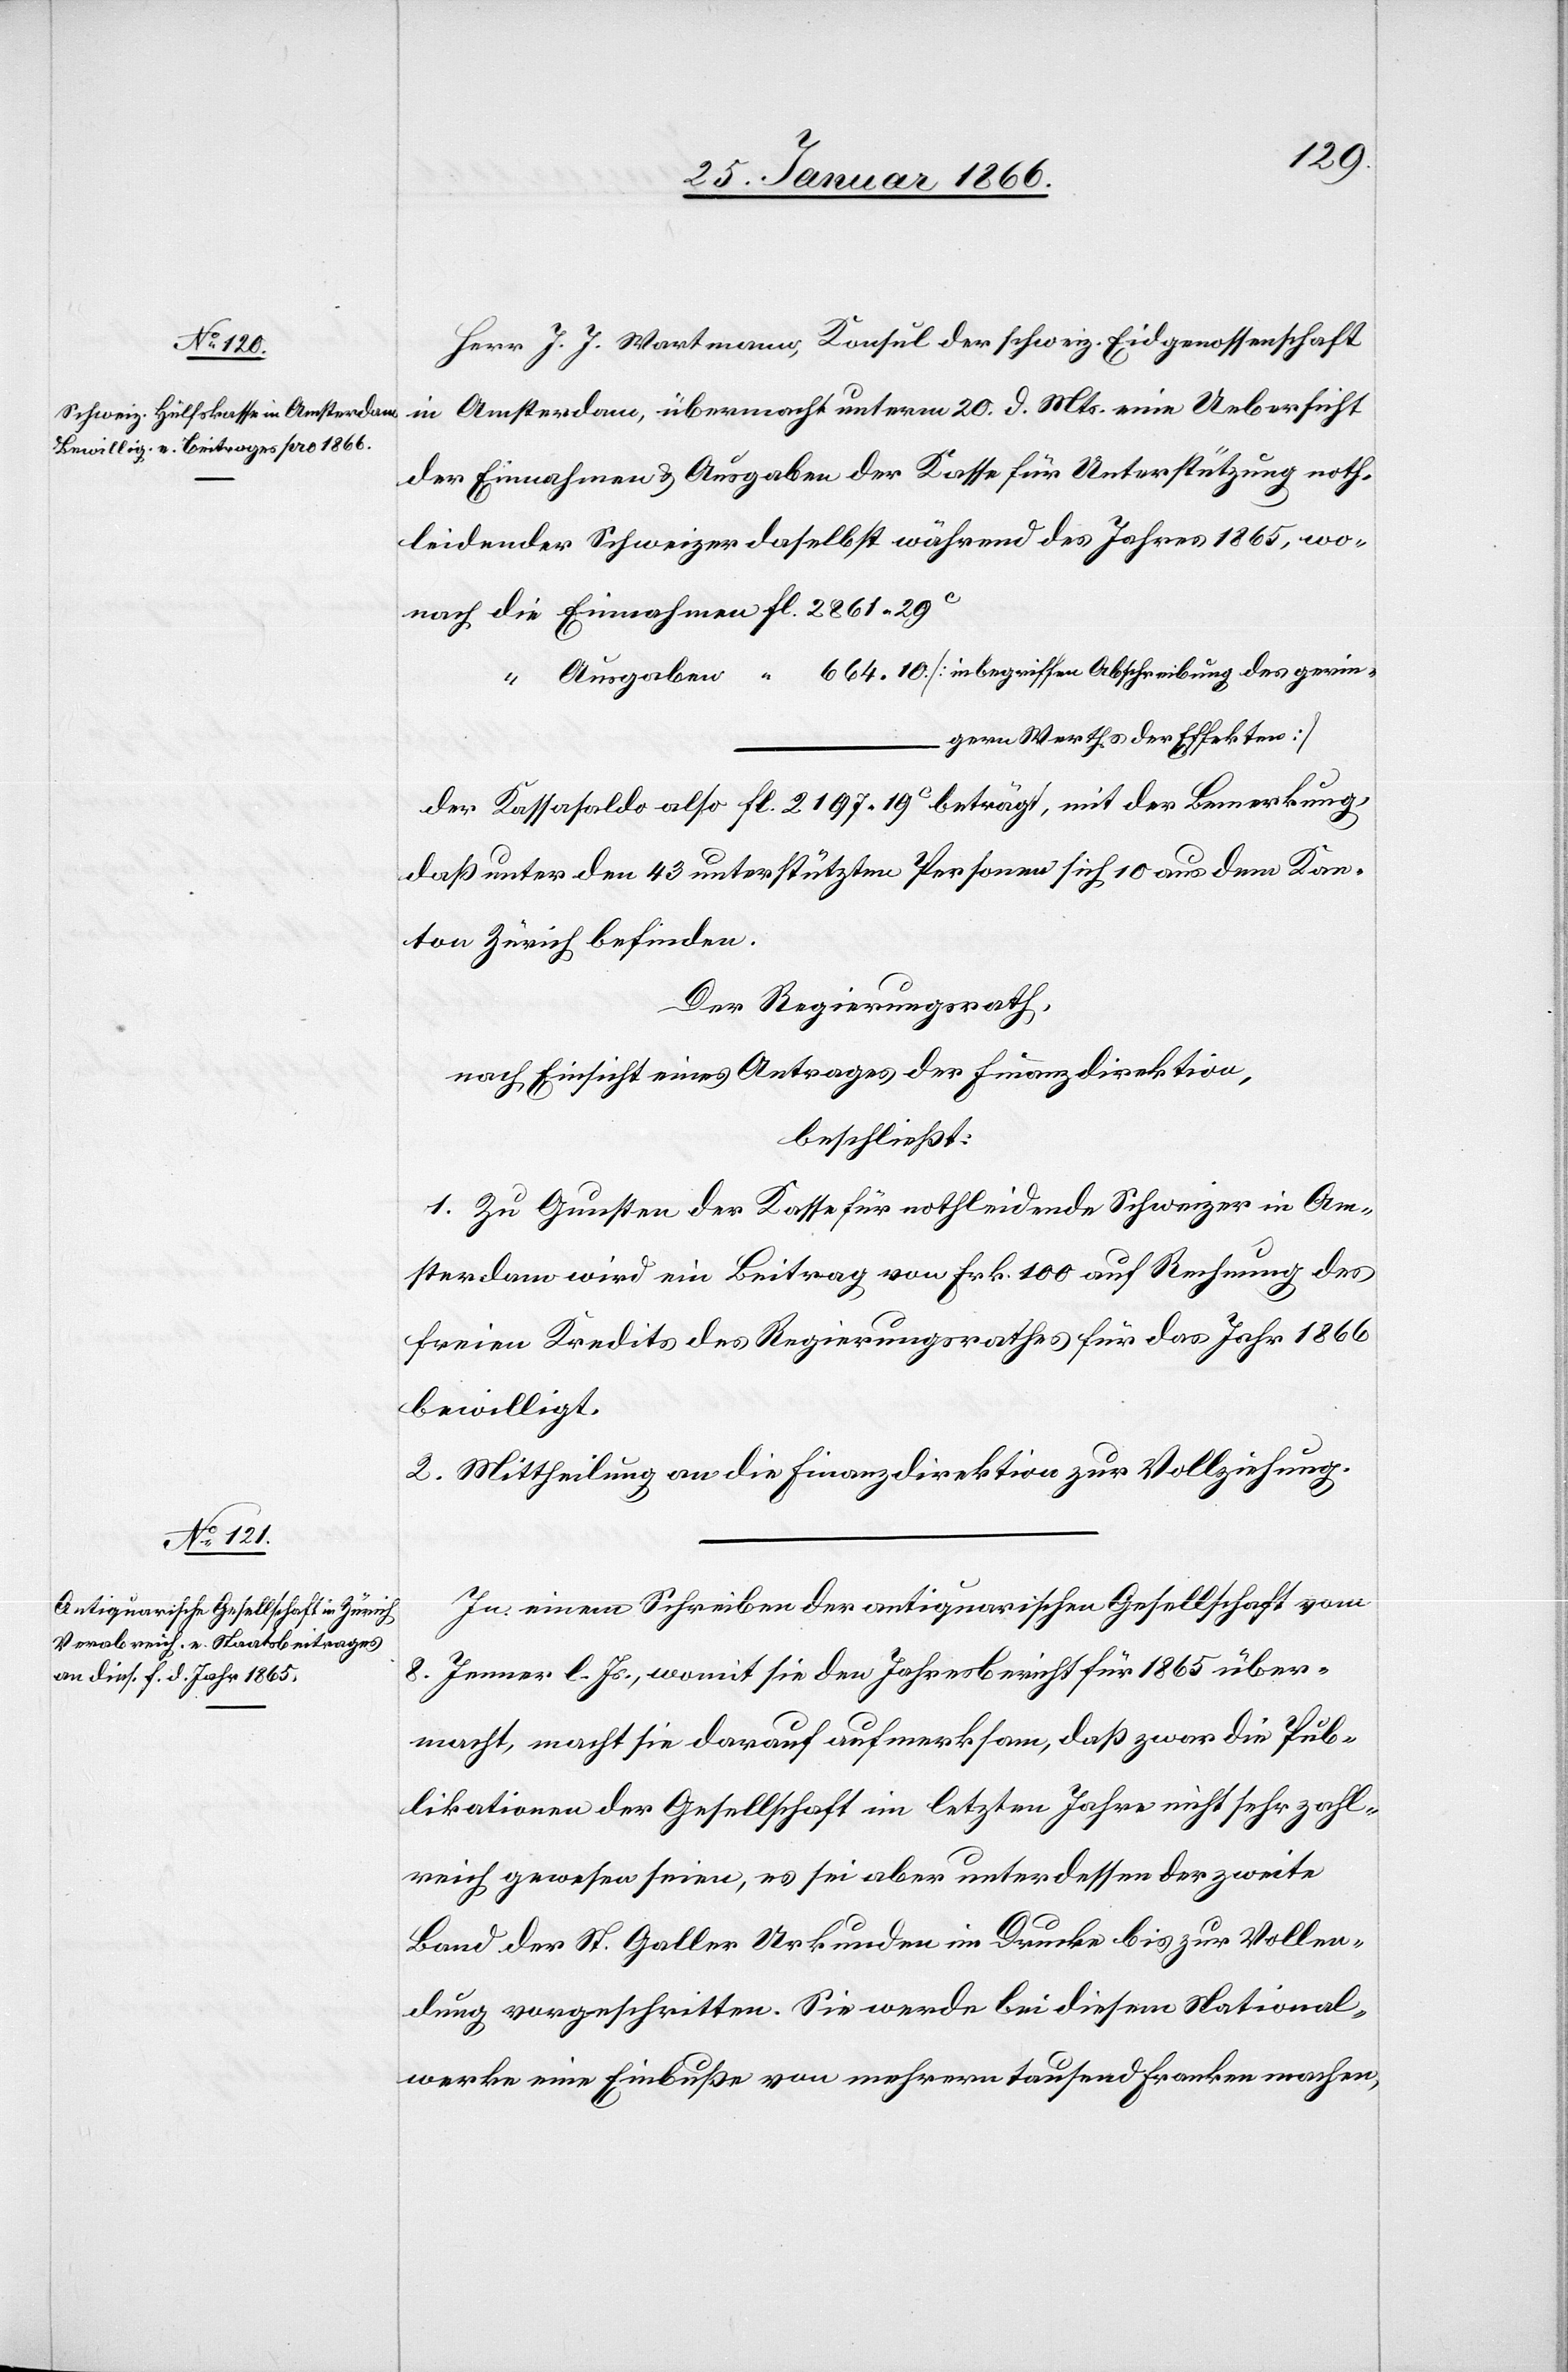
Herr J. J. Wartmann, Konsul der schweiz. Eidgenossenschaft
in Amsterdam, übermacht unterm 20. d. Mts. eine Uebersicht
der Einnahmen u. Ausgaben der Kasse für Unterstützung noth¬
leidender Schweizer daselbst während des Jahres 1865, wo¬
nach die Einnahmen fl. 2861.29
“ Ausgaben “ 664.10 [inbegriffen Abschreibung des gerin-
geren Werths der Effekten]
der Kassasaldo also fl. 2197.19 c beträgt, mit der Bemerkung,
daß unter den 43 unterstützten Personen sich 10 aus dem Kan¬
ton Zürich befinden.
Der Regierungsrath,
nach Einsicht eines Antrages der Finanzdirektion,
beschließt:
1. Zu Gunsten der Kasse für nothleidende Schweizer in Am¬
sterdam wird ein Beitrag von Frk. 100 auf Rechnung des
freien Kredits des Regierungsrathes für das Jahr 1866
bewilligt.
2. Mittheilung an die Finanzdirektion zu Vollziehung.
In einem Schreiben der antiquarischen Gesellschaft vom
8. Januar l. Js., womit sie den Jahresbericht für 1865 über¬
macht, macht sie darauf aufmerksam, daß zwar die Pub¬
likationen der Gesellschaft im letzten Jahre nicht sehr zahl¬
reich gewesen seien, es sei aber unterdessen der zweite
Band der St. Galler Urkunden im Drucke bis zur Vollen¬
dung vorgeschritten. Sie werde bei diesem National¬
werke eine Einbuße von mehreren tausend Franken machen,